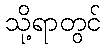
သို့ရာတွင်